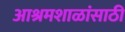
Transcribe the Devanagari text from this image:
आश्रमशाळांसाठी